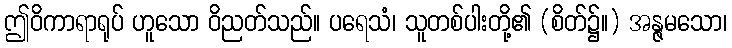
ဤဝိကာရာရုပ် ဟူသော ဝိညတ်သည်။ ပရေသံ၊ သူတစ်ပါးတို့၏ (စိတ်၌။) အန္ဇမသော၊